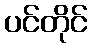
ပင်တိုင်